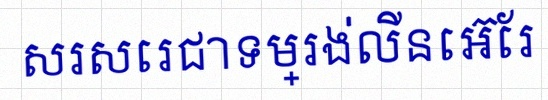
សរសេរជាទម្រង់លីនេអ៊ែរ